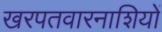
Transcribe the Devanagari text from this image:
खरपतवारनाशियों